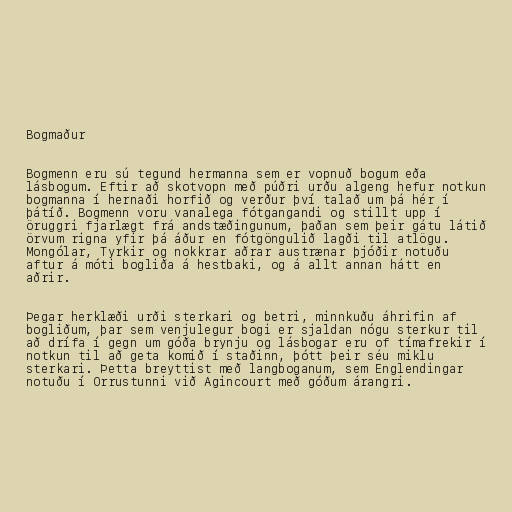
Bogmaður

Bogmenn eru sú tegund hermanna sem er vopnuð bogum eða
lásbogum. Eftir að skotvopn með púðri urðu algeng hefur notkun
bogmanna í hernaði horfið og verður því talað um þá hér í
þátíð. Bogmenn voru vanalega fótgangandi og stillt upp í
öruggri fjarlægt frá andstæðingunum, þaðan sem þeir gátu látið
örvum rigna yfir þá áður en fótgöngulið lagði til atlögu.
Mongólar, Tyrkir og nokkrar aðrar austrænar þjóðir notuðu
aftur á móti bogliða á hestbaki, og á allt annan hátt en
aðrir.

Þegar herklæði urði sterkari og betri, minnkuðu áhrifin af
bogliðum, þar sem venjulegur bogi er sjaldan nógu sterkur til
að drífa í gegn um góða brynju og lásbogar eru of tímafrekir í
notkun til að geta komið í staðinn, þótt þeir séu miklu
sterkari. Þetta breyttist með langboganum, sem Englendingar
notuðu í Orrustunni við Agincourt með góðum árangri.